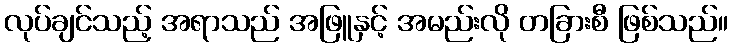
လုပ်ချင်သည့် အရာသည် အဖြူနှင့် အမည်းလို တခြားစီ ဖြစ်သည်။